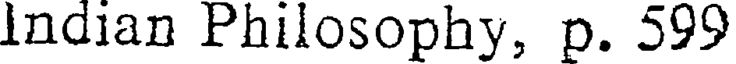
Indian Philosophy, p. 599